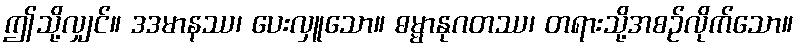
ဤသို့လျှင်။ ဒဒမာနဿ၊ ပေးလှူသော။ ဓမ္မာနုဂတဿ၊ တရားသို့အစဉ်လိုက်သော။